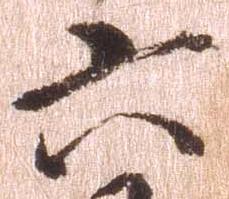
六